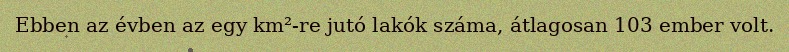
Ebben az évben az egy km²-re jutó lakók száma, átlagosan 103 ember volt.